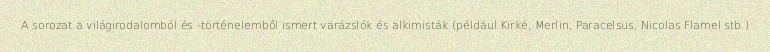
A sorozat a világirodalomból és -történelemből ismert varázslók és alkimisták (például Kirké, Merlin, Paracelsus, Nicolas Flamel stb.)